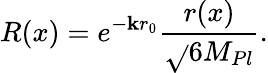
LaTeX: R(x)=e^{-\mathbf{k}r_{0}}\frac{{r(x)}}{{\sqrt{}{{6}}M_{Pl}}}.